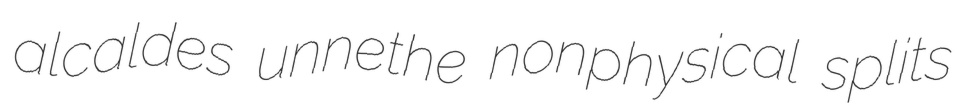
alcaldes unnethe nonphysical splits